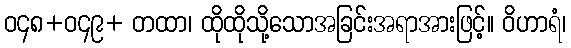
ဝ၄၈+ဝ၄၉+ တထာ၊ ထိုထိုသို့သောအခြင်းအရာအားဖြင့်။ ဝိဟာရံ၊